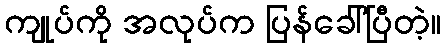
ကျုပ်ကို အလုပ်က ပြန်ခေါ်ပြီတဲ့။